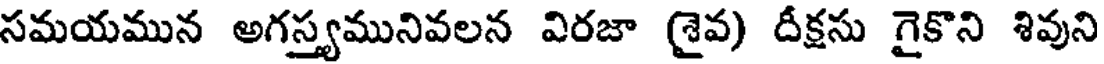
సమయమున అగస్త్యమునివలన విరజా (శైవ) దీక్షసు గైకొని శివుని